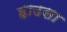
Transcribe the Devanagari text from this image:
हाउसा